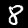
Label: 8